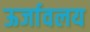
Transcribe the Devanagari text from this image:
ऊर्जावलय